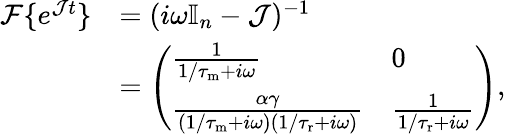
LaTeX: \begin{array}{rl}{\mathcal{F}\{ e^{\mathcal{J}t}\} }&{=(i\omega\mathbb{I}_{n}-\mathcal J)^{-1}}\\ &{=\left(\begin{array}{ll}{\frac{1}{1/{\tau_{\mathrm{m}}}+i\omega}}&{0}\\ {\frac{\alpha\gamma}{(1/{\tau_{\mathrm{m}}}+i\omega)(1/{\tau_{\mathrm{r}}}+i\omega)}}&{\frac{1}{1/{\tau_{\mathrm{r}}}+i\omega}}\end{array}\right),}\end{array}